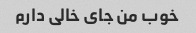
خوب من جای خالی دارم